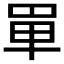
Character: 𠦤